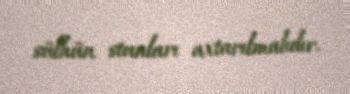
sülhün stunları axtarılmalıdır.